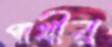
পাখীর